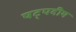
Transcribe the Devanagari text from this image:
षट्पदीय